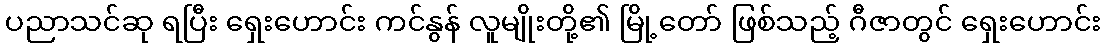
ပညာသင်ဆု ရပြီး ရှေးဟောင်း ကင်နွန် လူမျိုးတို့၏ မြို့တော် ဖြစ်သည့် ဂီဇာတွင် ရှေးဟောင်း